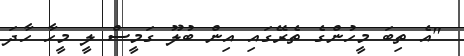
"އެ ތިބަ މީހުންގެ ތެރޭގައި އިން ބުލޫ ގަމީސް ލީ މީހާ ހާދަ